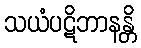
သယံပဋိဘာနန္တိ